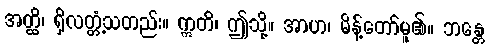
အတ္ထိ၊ ရှိလတ္တံ့သတည်း။ ဣတိ၊ ဤသို့။ အာဟ၊ မိန့်တော်မူ၏။ ဘန္တေ